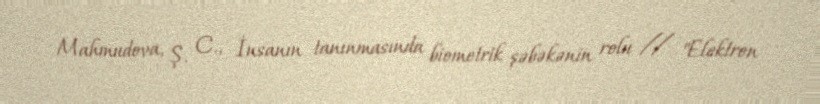
Mahmudova, Ş. C., İnsanın tanınmasında biometrik şəbəkənin rolu // "Elektron